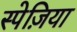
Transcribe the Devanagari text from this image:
स्पेज़िया